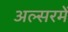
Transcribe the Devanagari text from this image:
अल्सरमें